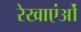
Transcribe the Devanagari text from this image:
रेखाएंओं